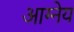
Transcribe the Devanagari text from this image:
आग्‍नेय